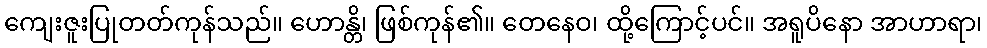
ကျေးဇူးပြုတတ်ကုန်သည်။ ဟောန္တိ၊ ဖြစ်ကုန်၏။ တေနေဝ၊ ထို့ကြောင့်ပင်။ အရူပိနော အာဟာရာ၊